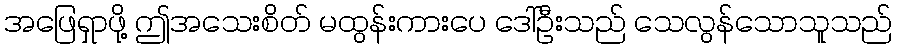
အဖြေရှာဖို့ ဤအသေးစိတ် မထွန်းကားပေ ဒေါ်ဦးသည် သေလွန်သောသူသည်